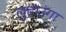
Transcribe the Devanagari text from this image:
लुटाउंगा